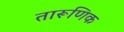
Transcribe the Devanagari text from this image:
तारूणिक